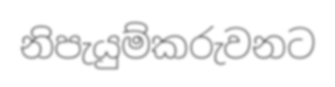
නිපැයුම්කරුවනට